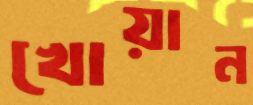
খোয়ান